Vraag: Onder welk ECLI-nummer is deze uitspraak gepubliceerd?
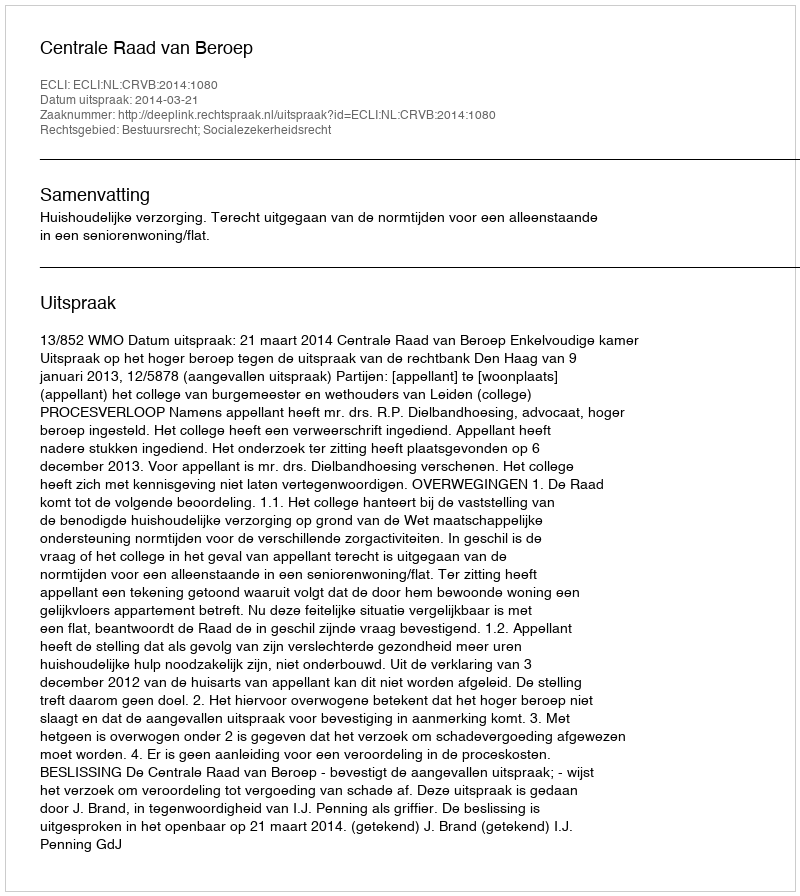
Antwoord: ECLI:NL:CRVB:2014:1080